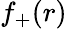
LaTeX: f_{+}(r)